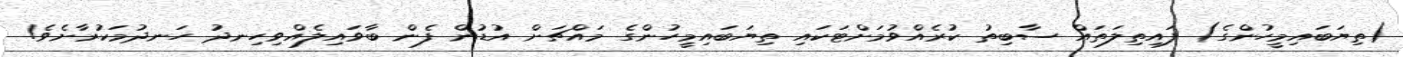
(ތިޔަބައިމީހުންގެ) ފައިތިލަތައް ސާބިތު ކުރެއްވުމަށްޓަކައި ތިޔަބައިމީހުންގެ މައްޗަށް އުޑުން ފެން ބާވައިލެއްވިހިނދު ހަނދުމަކުރާށެވެ!